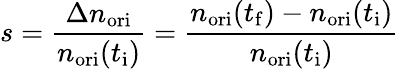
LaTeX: s=\frac{\Delta n_{\mathrm{ori}}}{n_{\mathrm{ori}}(t_{\mathrm{i}})}=\frac{n_{\mathrm{ori}}(t_{\mathrm{f}})-n_{\mathrm{ori}}(t_{\mathrm{i}})}{n_{\mathrm{ori}}(t_{\mathrm{i}})}